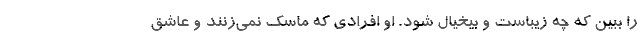
را ببین که چه زیباست و بیخیال شود. او افرادی که ماسک نمی‌زنند و عاشق